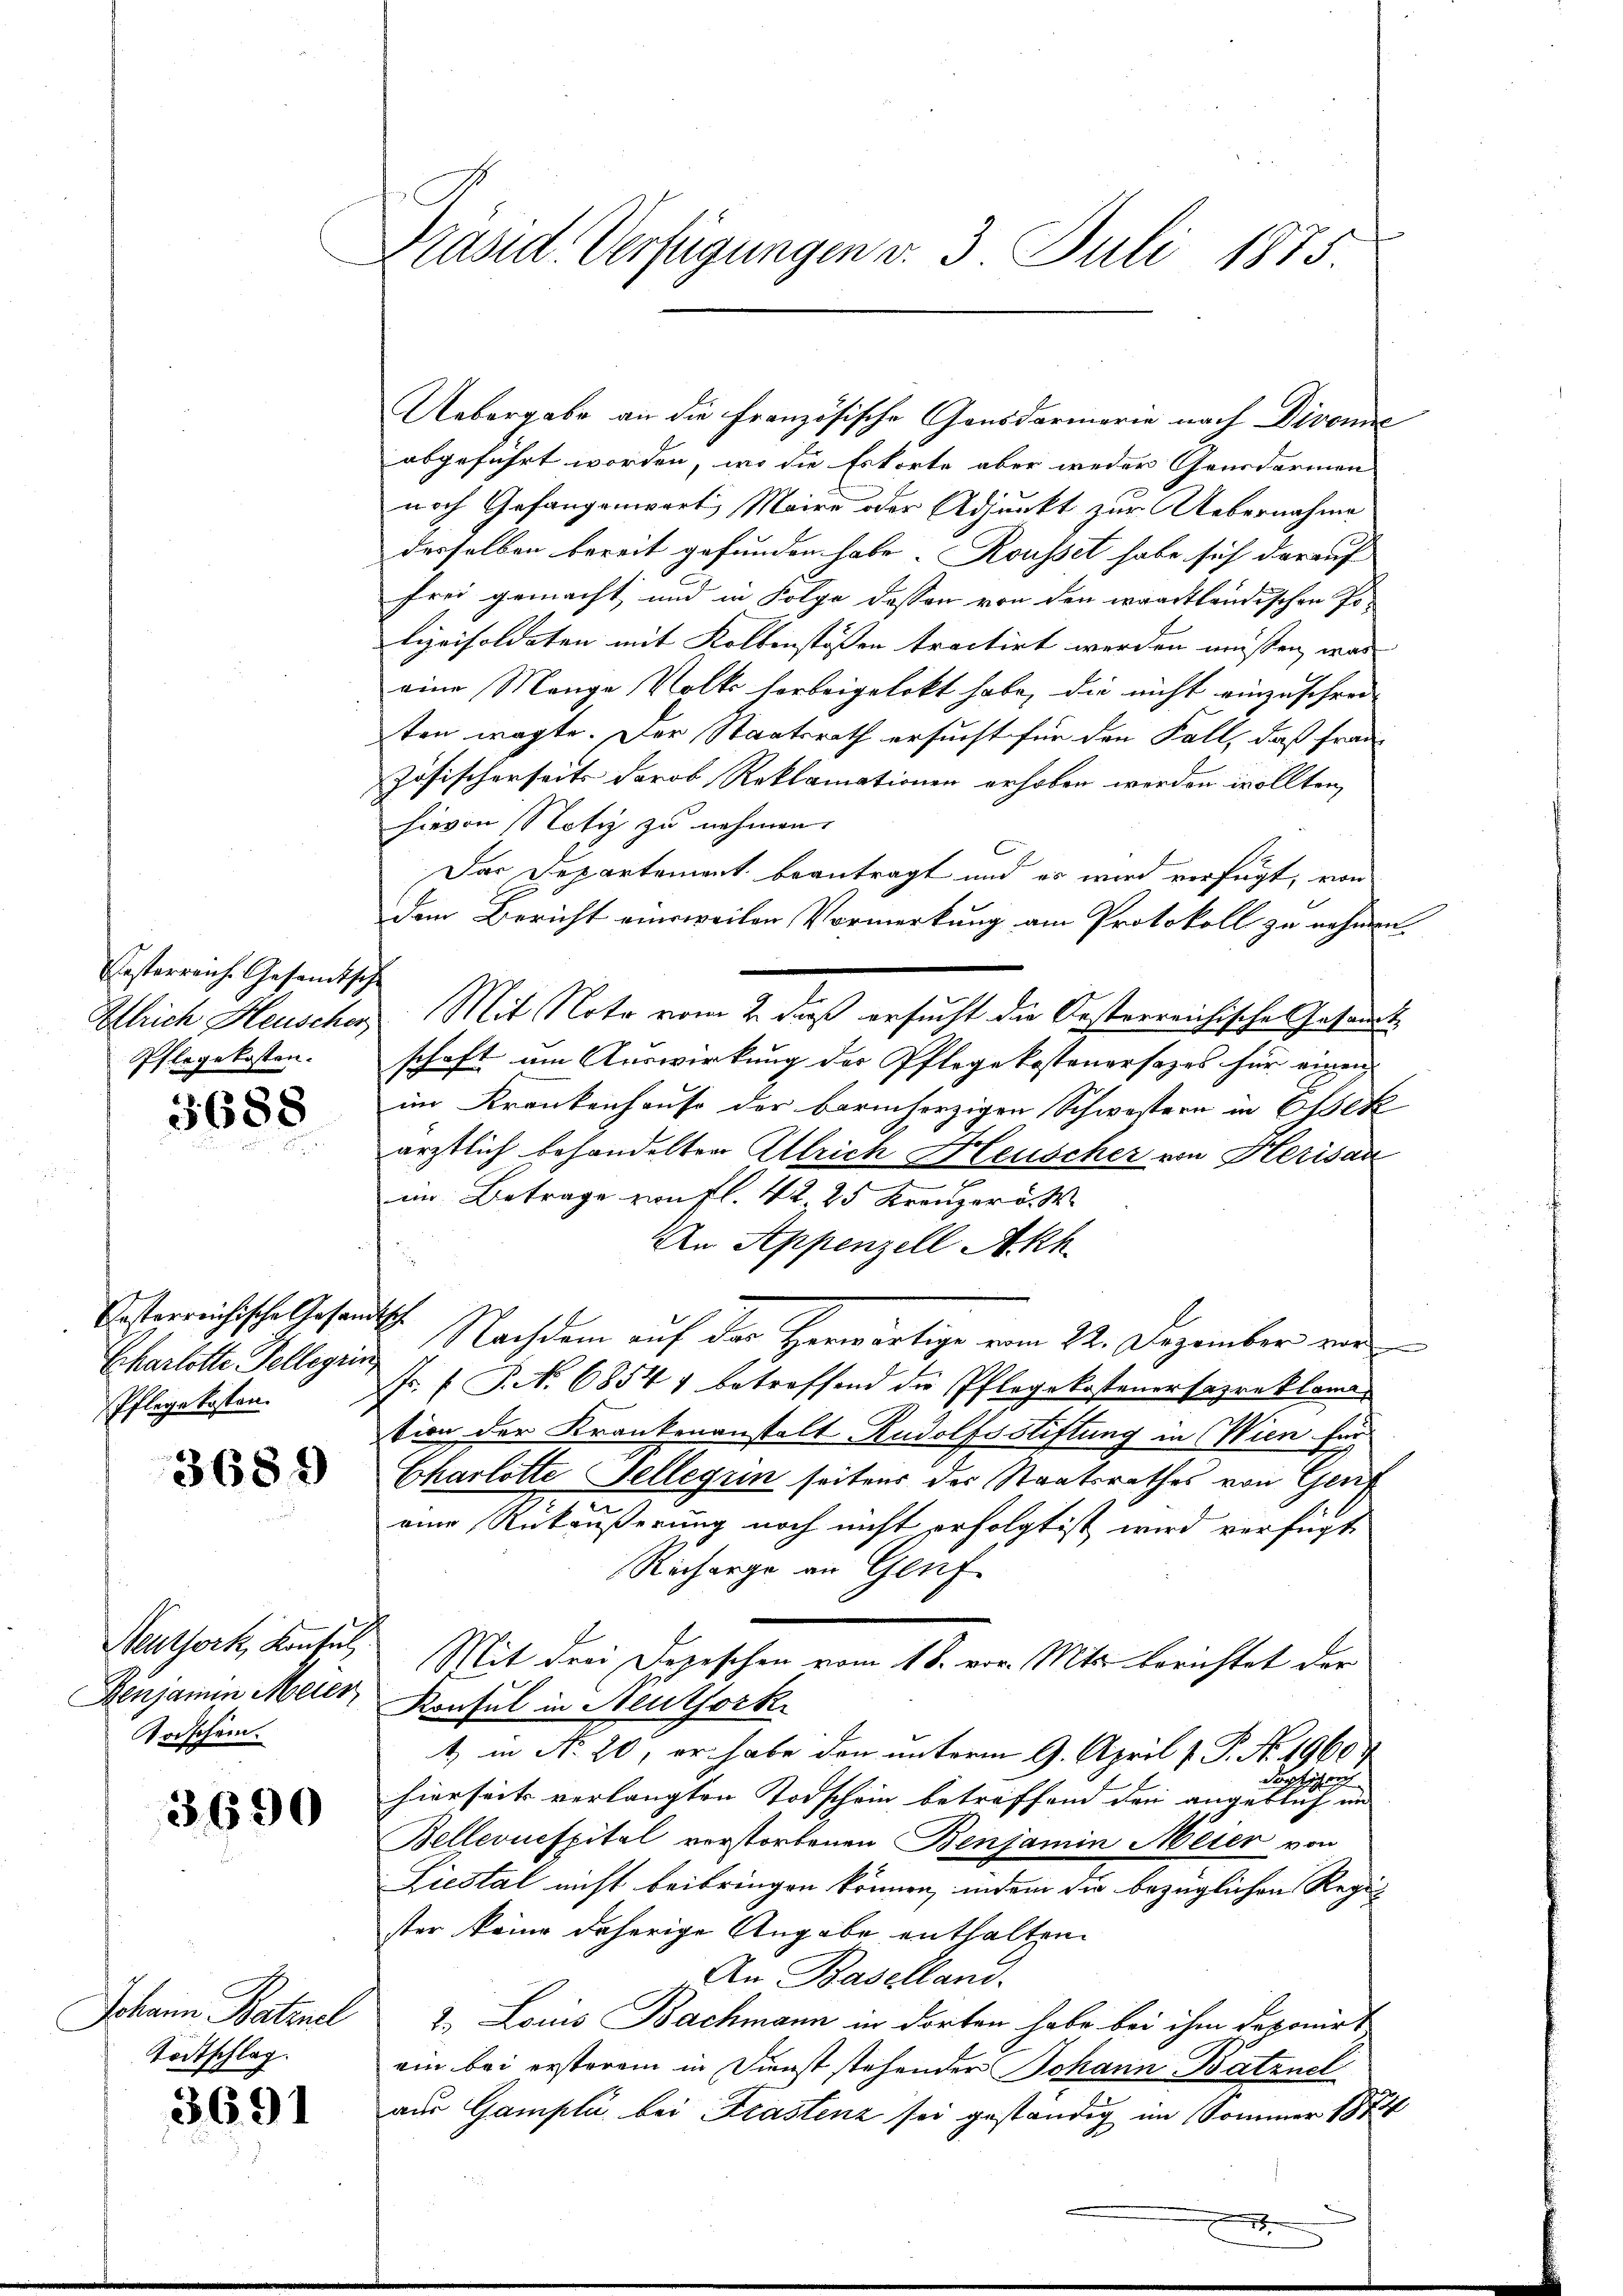
Pestarreiche Gesandts
Blrich Heuscher,
Pflegekosten.

3688

Jesterreichische Gesam
Scharlotte Fellegiin
Pflege kosten.

3689

Neuthork, Konsul
Benjamin Meier
Todschein.

3,690

Johann Batznel
Todtschlag.

3691

Präsid. Verfügungen v. 3. Juli 1875.

Uebergabe an die Französische Gensdarmerie nach Divone
abgeführt worden, wo die Erkorte aber weder Gendarmen
noch Gefangenwart Maire oder Adjunkt zur Uebernahme
derselben bereit gefunden habe, Rousset habe sich darauf
frei gemacht, und in Folge dessen von den erradtländischen Polizeisoldaten mit Kollenstössen tractirt werden müssen, was
eine Mange Volk vorbeigelobt habe, die nicht einzuschreiten wagte. Der Staatsrath ersucht für den Fall, daß französischerseits darob Reklamationen erhoben werden wollten,
hievon Notiz zu nehmen.
x
Das Departement beantragt und es wird verfügt, von
dem Bericht einsweilen Vormerkung am Protokoll zu nehmen.
f
3 Mit Note vom 2. daß ersucht die Oesterreichische Gesandts
schaft um Auswirkung des Pflegekostenersezes für einen
im Krankenhause der barmherzigen Schwestern in Assek
ärztlich behandelten Ulrich Heuscher von Herisan
im Betrage von fl. 42, 25 Kreuzer v. M.
An Appenzell Akh
14. Nachdem auf der Herwärtige vom 24. Dezember vor
Fr. 1 P. No 68547 betreffend die Pflegekostenersapreklama
tion der Krankenanstalt Rudolfsstiftung in Wien für
Charlotte Sellerin seitens der Staatsrathes von Gen
eine Rückäußerung noch nicht erfolgt ist wird verfügt
Richarge an Genf
Mit drei Dorischen vom 18. vor. Mts. berichtet der
Konsul in Neuthork
1) in Nr. 20, er habe den unterm 9. April v. P. No. 1960
e
Fort
hierseits verlangten Todschein betreffend den angeblich und
Bellconespital verstorbenen Benjamin Meier von
Liestal nicht beibringen können, indem die bezüglichen Register keine daherige Angabe enthalten.
An Baselland.
2. Louis Bachmann in dorten habe bei ihm deponirt
ein bei ersterem in Dienst stehender Johann Batznel
aus Gampli bei Krastenz sei geständig im Sommer 1874